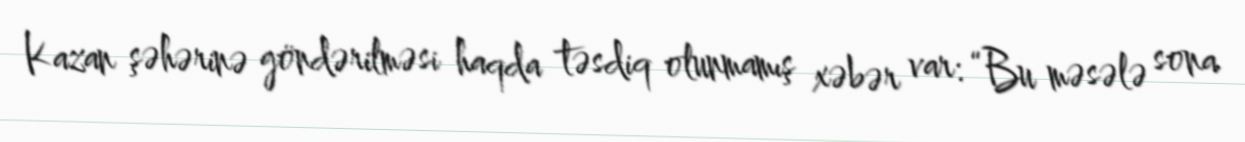
Kazan şəhərinə göndərilməsi haqda təsdiq olunmamış xəbər var: “Bu məsələ sona